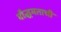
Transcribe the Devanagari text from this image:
बौद्धमताची